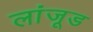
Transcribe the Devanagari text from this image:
लांजूड